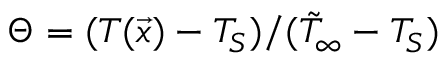
\Theta = ( T ( \vec { x } ) - T _ { S } ) / ( \tilde { T } _ { \infty } - T _ { S } )